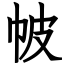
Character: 帔